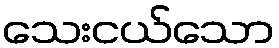
သေးငယ်သော